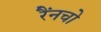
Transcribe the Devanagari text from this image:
रैंनचो